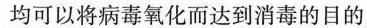
均可以将病毒氧化而达到消毒的目的